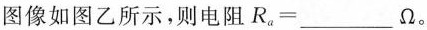
图像如图乙所示，则电阻Ra=_____Ω。